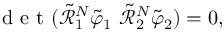
\mathrm { ~ d ~ e ~ t ~ } ( \tilde { \mathcal { R } } _ { 1 } ^ { N } \tilde { \varphi } _ { 1 } ~ \tilde { \mathcal { R } } _ { 2 } ^ { N } \tilde { \varphi } _ { 2 } ) = 0 ,